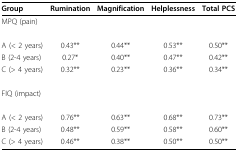
<table><thead><tr><td><b>Group</b></td><td><b>Rumination</b></td><td><b>Magnification</b></td><td><b>Helplessness</b></td><td><b>Total PCS</b></td></tr></thead><tbody><tr><td>MPQ (pain)</td><td></td><td></td><td></td><td></td></tr><tr><td>A (&lt; 2 years)</td><td>0.43**</td><td>0.44**</td><td>0.53**</td><td>0.50**</td></tr><tr><td>B (2-4 years)</td><td>0.27*</td><td>0.40**</td><td>0.47**</td><td>0.42**</td></tr><tr><td>C (&gt; 4 years)</td><td>0.32**</td><td>0.23**</td><td>0.36**</td><td>0.34**</td></tr><tr><td>FIQ (impact)</td><td></td><td></td><td></td><td></td></tr><tr><td>A (&lt; 2 years)</td><td>0.76**</td><td>0.63**</td><td>0.68**</td><td>0.73**</td></tr><tr><td>B (2-4 years)</td><td>0.48**</td><td>0.59**</td><td>0.58**</td><td>0.60**</td></tr><tr><td>C (&gt; 4 years)</td><td>0.46**</td><td>0.38**</td><td>0.50**</td><td>0.50**</td></tr></tbody></table>